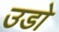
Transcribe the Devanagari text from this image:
उडो